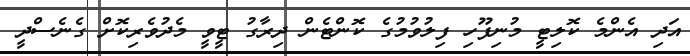
އަދި އެންމެ ކޮލިޓީ މުނިފޫހި ފިލުވުމުގެ ކޮންޓެން ދިރާގު ޓީވީ މެދުވެރިކޮށް ގެނެސްދީ